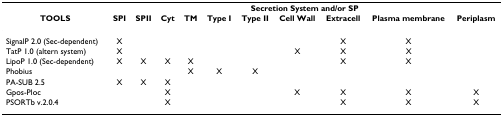
|  | <COLSPAN=10> Secretion System and/or SP |
 | TOOLS | SPI | SPII | Cyt | TM | Type I | Type II | Cell Wall | Extracell | Plasma membrane | Periplasm |
 | --- | --- | --- | --- | --- | --- | --- | --- | --- | --- | --- |
 | SignalP 2.0 (Sec-dependent) | X |  |  |  |  |  |  | X | X |  |
 | TatP 1.0 (altern system) | X |  |  |  |  |  | X | X | X |  |
 | LipoP 1.0 (Sec-dependent) | X | X | X | X |  |  |  | X | X |  |
 | Phobius |  |  |  | X | X | X |  |  |  |  |
 | PA-SUB 2.5 | X | X | X |  |  |  |  |  |  |  |
 | Gpos-Ploc |  |  | X |  |  |  | X | X | X | X |
 | PSORTb v.2.0.4 |  |  | X |  |  |  |  | X | X | X |